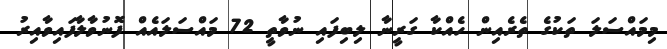
މިމައްސަލަ ތަކުގެ ތެރެއިން ހެއްކާ ގަރީނާ ލިބިފައި ނުވާތީ 72 މައްސަލައެއް ފޮނުވާލާފައިވާއިރު